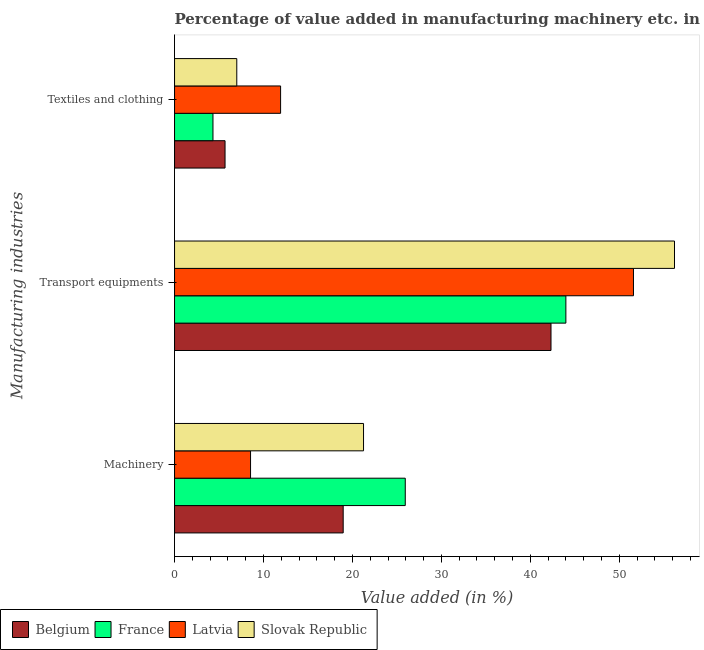
| Manufacturing industries | Belgium | France | Latvia | Slovak Republic |
 | --- | --- | --- | --- | --- |
 | Machinery | 19 | 25.9 | 8.54 | 21.2 |
 | Transport equipments | 42.3 | 44 | 51.6 | 56.2 |
 | Textiles and clothing | 5.68 | 4.32 | 11.9 | 7 |